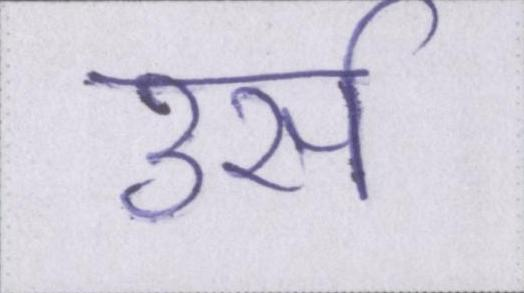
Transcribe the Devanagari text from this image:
उर्स